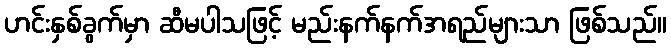
ဟင်းနှစ်ခွက်မှာ ဆီမပါသဖြင့် မည်းနက်နက်အရည်များသာ ဖြစ်သည်။